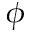
\phi